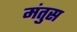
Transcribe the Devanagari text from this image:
मंतुस